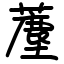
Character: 薼